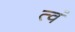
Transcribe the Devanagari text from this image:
त्वं